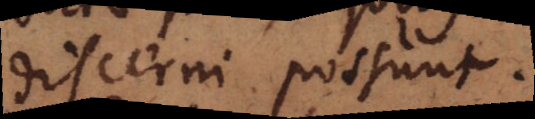
discerni possunt.